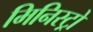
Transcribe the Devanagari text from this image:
मिनिस्ट्रो